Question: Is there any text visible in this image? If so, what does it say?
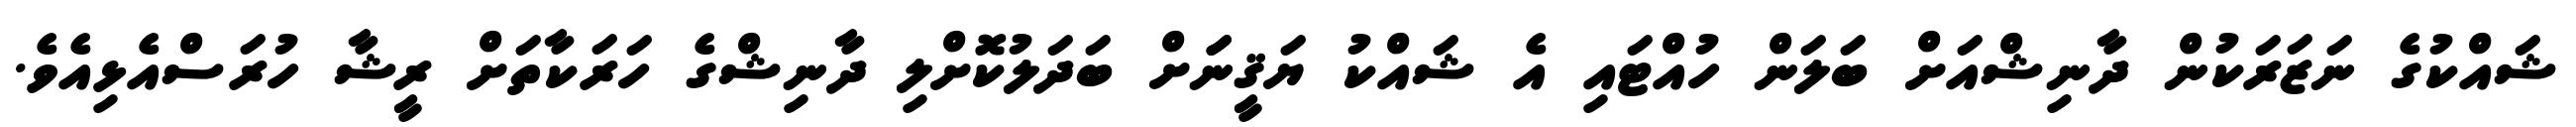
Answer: ޝައްކުގެ ނަޒަރަކުން ދާނިޝްއަށް ބަލަން ހުއްޓައި އެ ޝައްކު ޔަޤީނަަށް ބަދަލުކޮށްލި ދާނިޝްގެ ހަރަކާތަށް ރީޝާ ހުރަސްއެޅިއެވެ.